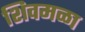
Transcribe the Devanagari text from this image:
शिवमळा